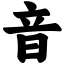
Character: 音